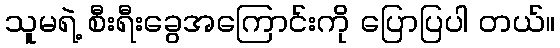
သူမရဲ့ စီးရီးခွေအကြောင်းကို ပြောပြပါ တယ်။